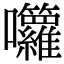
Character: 囖